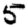
Digit: 5